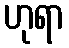
ဟုရာ